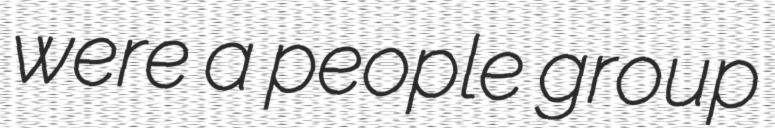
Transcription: were a people group